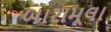
બારામૂલા